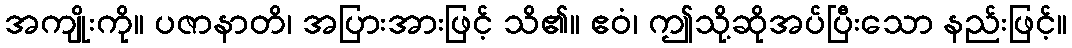
အကျိုးကို။ ပဇာနာတိ၊ အပြားအားဖြင့် သိ၏။ ဧဝံ၊ ဤသို့ဆိုအပ်ပြီးသော နည်းဖြင့်။